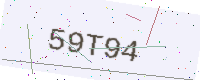
Text: 59T94